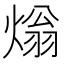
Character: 𤌏